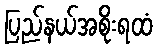
ပြည်နယ်အစိုးရထံ